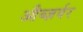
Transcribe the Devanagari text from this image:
औब्ज़र्वर